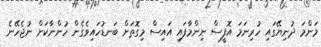
މަންމަ ދުނިޔޭގައި ހުރިނަމަ އޮފީސް ނިންމާފައި އައިސް މިގޮތަށް ބަނޑުހައިވެގެން ހުންނާކަށް ނުޖެހޭނެ